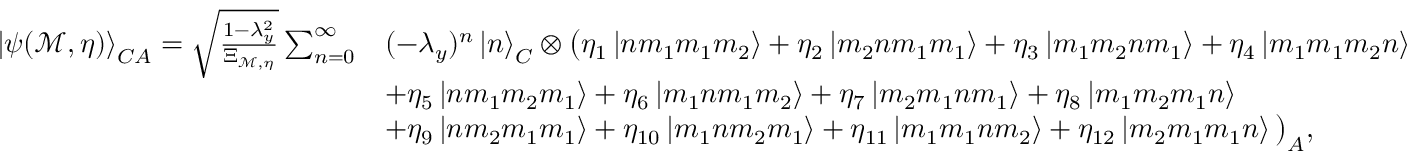
\begin{array} { r l } { \left| \psi ( \mathcal { M } , \eta ) \right> _ { C A } = \sqrt { \frac { 1 - \lambda _ { y } ^ { 2 } } { \Xi _ { \mathcal { M } , \eta } } } \sum _ { n = 0 } ^ { \infty } } & { ( - \lambda _ { y } ) ^ { n } \left| n \right> _ { C } \otimes \big ( \eta _ { 1 } \left| n m _ { 1 } m _ { 1 } m _ { 2 } \right> + \eta _ { 2 } \left| m _ { 2 } n m _ { 1 } m _ { 1 } \right> + \eta _ { 3 } \left| m _ { 1 } m _ { 2 } n m _ { 1 } \right> + \eta _ { 4 } \left| m _ { 1 } m _ { 1 } m _ { 2 } n \right> } \\ & { + \eta _ { 5 } \left| n m _ { 1 } m _ { 2 } m _ { 1 } \right> + \eta _ { 6 } \left| m _ { 1 } n m _ { 1 } m _ { 2 } \right> + \eta _ { 7 } \left| m _ { 2 } m _ { 1 } n m _ { 1 } \right> + \eta _ { 8 } \left| m _ { 1 } m _ { 2 } m _ { 1 } n \right> } \\ & { + \eta _ { 9 } \left| n m _ { 2 } m _ { 1 } m _ { 1 } \right> + \eta _ { 1 0 } \left| m _ { 1 } n m _ { 2 } m _ { 1 } \right> + \eta _ { 1 1 } \left| m _ { 1 } m _ { 1 } n m _ { 2 } \right> + \eta _ { 1 2 } \left| m _ { 2 } m _ { 1 } m _ { 1 } n \right> \big ) _ { A } , } \end{array}